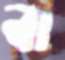
বা